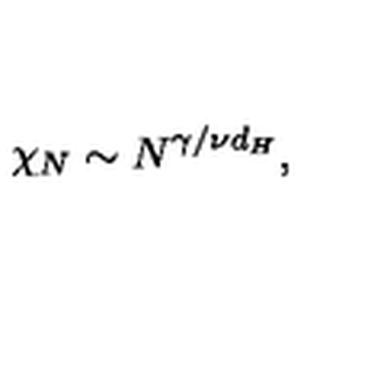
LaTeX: \protect \chi _ { N } \sim N ^ { \gamma / \nu d _ { H } } ,